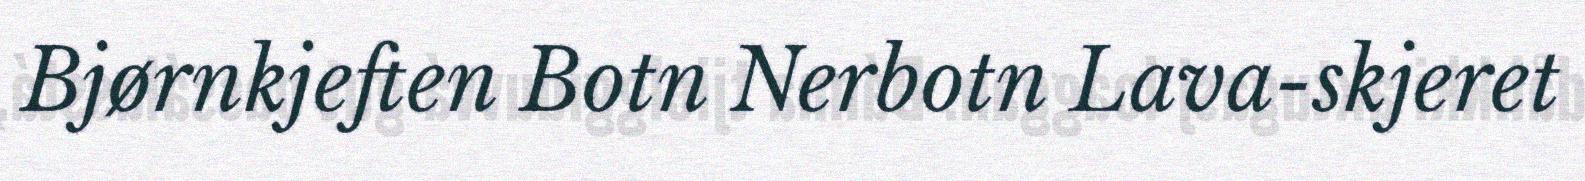
Bjørnkjeften Botn Nerbotn Lava-skjeret